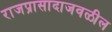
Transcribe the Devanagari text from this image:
राजप्रासादाजवळील